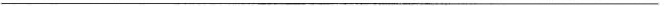
___